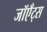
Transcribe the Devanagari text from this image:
जॉएँट्स